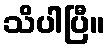
သိပါပြီ။